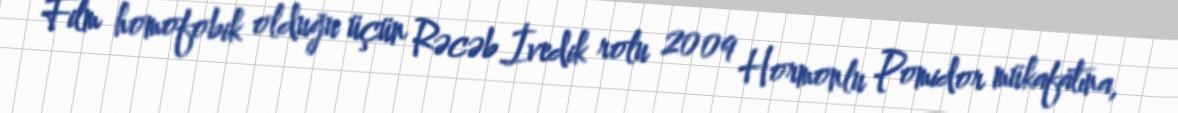
Film homofobik olduğu üçün Rəcəb İvedik rolu 2009 Hormonlu Pomidor mükafatına,